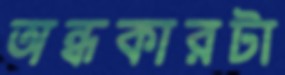
অন্ধকারটা